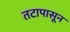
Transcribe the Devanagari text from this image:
तटापासून